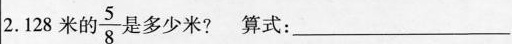
2.128米的 $$\frac { 5 } { 8 }$$ 是多少米?算式：___